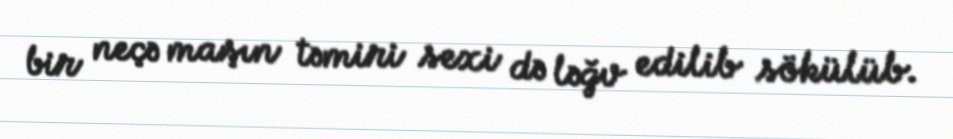
bir neçə maşın təmiri sexi də ləğv edilib sökülüb.